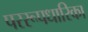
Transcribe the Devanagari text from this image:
पररूपधारिका